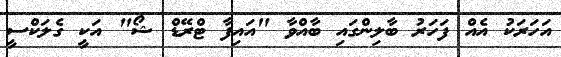
އަހަރަކު އެއް ފަހަރު ބާލިންގައި ބާއްވާ "އައިފާ ޓްރޭޑް ޝޯ" އަކީ ގެލަކްސީ